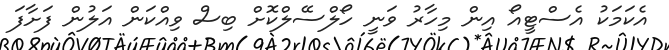
އެކަމަކު އެސްޓީއޯ އިން މިހާރު ވަނީ ހޯލްސޭލްކޮށް ބިސް ވިއްކަން އަލުން ފަށާފަ